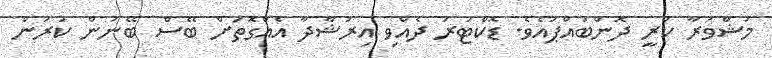
މަޝްވަރާ ކުރީ ދޮންބައްޕައެވެ. ޑޮކްޓަރު ދެއްވި އިރުޝާދާ އެއްގޮތަށް ބޭސް ބޭނުން ކުރަން